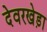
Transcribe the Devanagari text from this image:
देवरखेड़ा